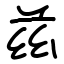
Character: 兹